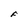
Character: F